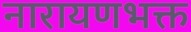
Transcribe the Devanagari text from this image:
नारायणभक्त